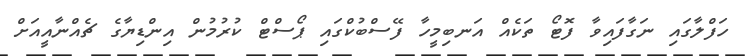
ހަފްލާގައި ނަގާފައިވާ ފޮޓޯ ތަކެއް އަނބިމީހާ ފޭސްބުކްގައި ޕޯސްޓް ކުރުމުން އިންޑިޔާގެ ޗެއްނާއީއަށް